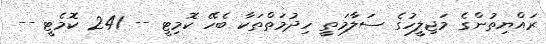
ރައްޔިތުންގެ މަޖިލީހުގެ ސަލާމަތީ ހިދުމަތްތަކާ ބެހޭ ކޮމިޓީ -- 241 ކޮމެޓީ --